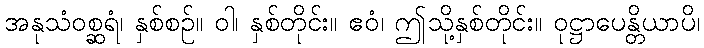
အနုသံဝစ္ဆရံ၊ နှစ်စဉ်။ ဝါ၊ နှစ်တိုင်း။ ဧဝံ၊ ဤသို့နှစ်တိုင်း။ ဝုဋ္ဌာပေန္တိယာပိ၊